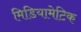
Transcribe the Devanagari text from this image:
मिडियामेटिक